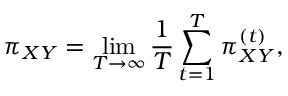
\pi _ { X Y } = \operatorname* { l i m } _ { T \to \infty } \frac { 1 } { T } \sum _ { t = 1 } ^ { T } \pi _ { X Y } ^ { ( t ) } ,